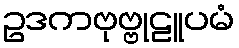
ဥဒကဗုဗ္ဗုဠူပမံ